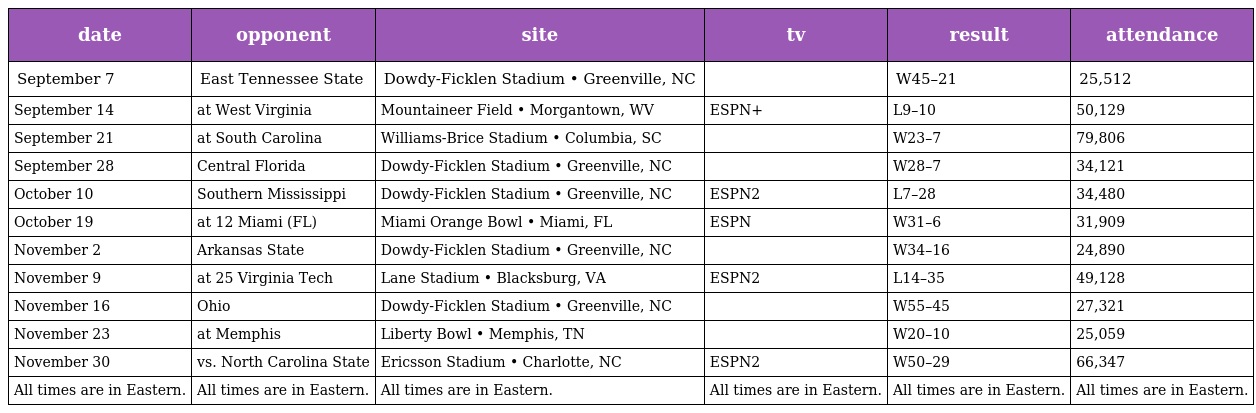
| date | opponent | site | tv | result | attendance |
 | --- | --- | --- | --- | --- | --- |
 | September 7 | East Tennessee State | Dowdy-Ficklen Stadium • Greenville, NC |  | W45–21 | 25,512 |
 | September 14 | at West Virginia | Mountaineer Field • Morgantown, WV | ESPN+ | L9–10 | 50,129 |
 | September 21 | at South Carolina | Williams-Brice Stadium • Columbia, SC |  | W23–7 | 79,806 |
 | September 28 | Central Florida | Dowdy-Ficklen Stadium • Greenville, NC |  | W28–7 | 34,121 |
 | October 10 | Southern Mississippi | Dowdy-Ficklen Stadium • Greenville, NC | ESPN2 | L7–28 | 34,480 |
 | October 19 | at 12 Miami (FL) | Miami Orange Bowl • Miami, FL | ESPN | W31–6 | 31,909 |
 | November 2 | Arkansas State | Dowdy-Ficklen Stadium • Greenville, NC |  | W34–16 | 24,890 |
 | November 9 | at 25 Virginia Tech | Lane Stadium • Blacksburg, VA | ESPN2 | L14–35 | 49,128 |
 | November 16 | Ohio | Dowdy-Ficklen Stadium • Greenville, NC |  | W55–45 | 27,321 |
 | November 23 | at Memphis | Liberty Bowl • Memphis, TN |  | W20–10 | 25,059 |
 | November 30 | vs. North Carolina State | Ericsson Stadium • Charlotte, NC | ESPN2 | W50–29 | 66,347 |
 | All times are in Eastern. | All times are in Eastern. | All times are in Eastern. | All times are in Eastern. | All times are in Eastern. | All times are in Eastern. |